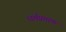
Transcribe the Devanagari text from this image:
धर्मप्रमाण